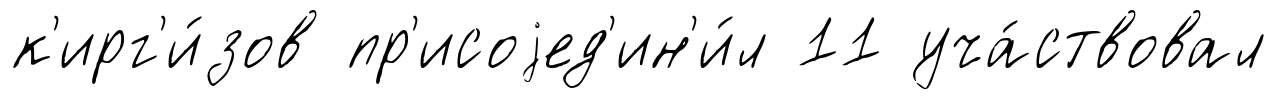
к'ирг'и́зов пр'исоjед'ин'и́л 11 уча́ствовал